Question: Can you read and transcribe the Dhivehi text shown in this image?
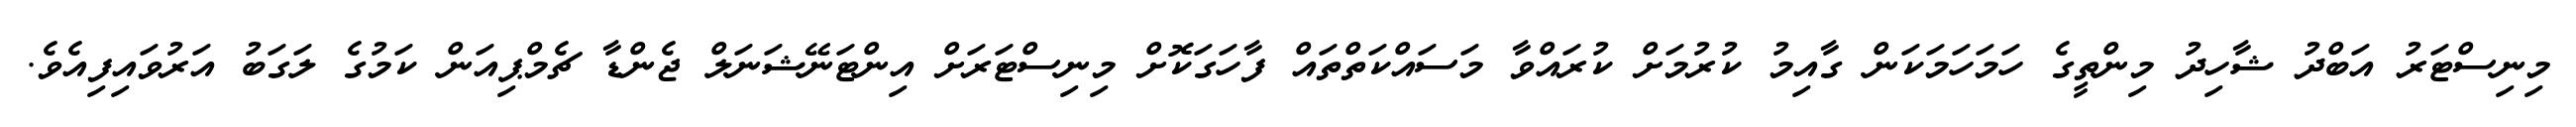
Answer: މިނިސްޓަރު އަބްދު ޝާހިދު މިންތީގެ ހަމަހަމަކަން ގާއިމު ކުރުމަށް ކުރައްވާ މަސައްކަތްތައް ފާހަގަކޮށް މިނިސްޓަރަށް އިންޓަނޭޝަނަލް ޖެންޑާ ޗެމްޕިއަން ކަމުގެ ލަގަބު އަރުވައިފިއެވެ.